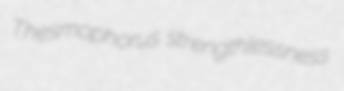
Thesmophorus strengthlessness